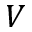
V